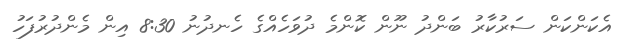
އެކަންކަން ސަރުކާރު ބަންދު ނޫން ކޮންމެ ދުވަހެއްގެ ހެނދުނު 8:30 އިން މެންދުރުފަހު